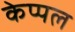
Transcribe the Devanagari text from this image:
केप्पल